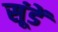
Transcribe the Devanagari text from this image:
सूंडें